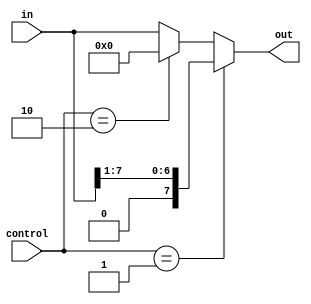
module shifter #(parameter WORD_WIDTH = 8) (in,control,out);
  input [WORD_WIDTH-1 : 0] in;
  input [1:0] control;
  output reg [WORD_WIDTH-1:0] out; 
  
  always @ (*)
  begin
    /*(*full_case,parallel_case*)
    case(control)
      2'b10 : out <= in<<1;
      2'b01 : out <= in>>1;
      default   :  out <= in;
    endcase
    */ 
    if(control==2'b01)
      out <= in>>>1;    //right_shift
    else if(control==2'b10)
      out <= in<<8;   //left_shift
    else
      out <= in;
  end
endmodule